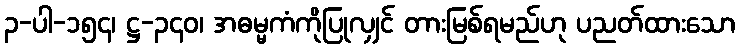
၃-ပါ-၁၅၄၊ ဋ္ဌ-၃၄၀၊ အဓမ္မကံကိုပြုလျှင် တားမြစ်ရမည်ဟု ပညတ်ထားသော